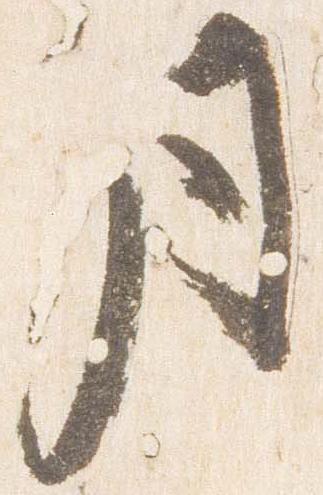
月